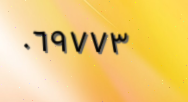
٠٦٩٧٧٣